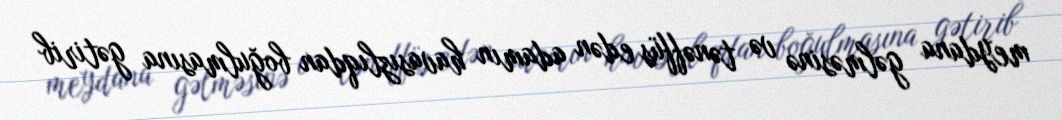
meydana gəlməsinə və tənəffüs edən adamın havasızlıqdan boğulmasına gətirib